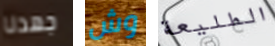
جهدنا وش الطليعة